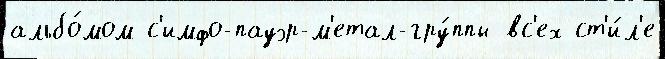
альбо́мом с'имфо-пауэр-м'етал-гру́ппы вс'ех ст'и́л'е